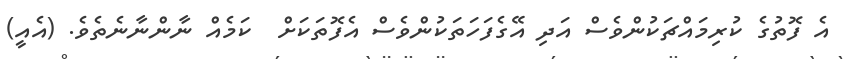
އެ ފޮތުގެ ކުރިމައްޗަކުންވެސް އަދި އޭގެފަހަތަކުންވެސް އެފޮތަކަށް  ކަމެއް ނާންނާނެތެވެ. (އެއީ)